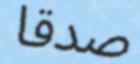
صدقا